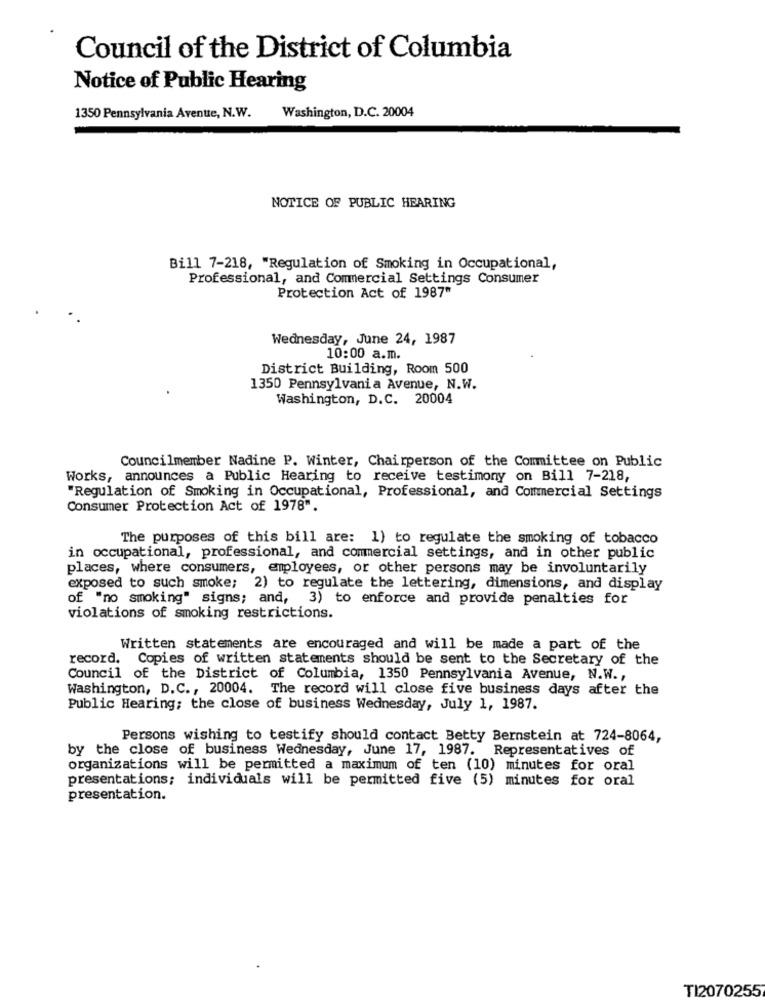
Council of the District of Columbia
Notice of Public Hearing
1350 Pennsylvania Avenue, N.W.
Washington, D.C. 20004
NOTICE OF PUBLIC HEARING
Bill 7-218, "Regulation of Smoking in Occupational,
Professional, and Commercial Settings Consumer
Protection Act of 1987"
Wednesday, June 24, 1987
10:00 a.m.
District Building, Room 500
1350 Pennsylvania Avenue, N.W.
Washington, D.C. 20004
Councilmember Nadine P. Winter, Chairperson of the Committee on Public
Works, announces a Public Hearing to receive testimony on Bill 7-218,
"Regulation of Smoking in Occupational, Professional, and Commercial Settings
Consumer Protection Act of 1978".
The purposes of this bill are: 1) to regulate the smoking of tobacco
in occupational, professional, and commercial settings, and in other public
places, where consumers, employees, or other persons may be involuntarily
exposed to such smoke; 2) to regulate the lettering, dimensions, and display
of "no smoking" signs; and, 3) to enforce and provide penalties for
violations of smoking restrictions.
Written statements are encouraged and will be made a part of the
record. Copies of written statements should be sent to the Secretary of the
Council of the District of Columbia, 1350 Pennsylvania Avenue, N.W .,
Washington, D.C ., 20004. The record will close five business days after the
Public Hearing; the close of business Wednesday, July 1, 1987.
Persons wishing to testify should contact Betty Bernstein at 724-8064,
by the close of business Wednesday, June 17, 1987. Representatives of
organizations will be permitted a maximum of ten (10) minutes for oral
presentations; individuals will be permitted five (5) minutes for oral
presentation.
TI2070255